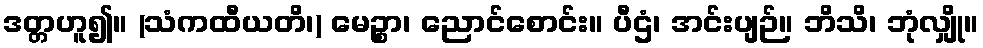
ဒတ္တဟူ၍။ (သံကထီယတိ၊) မေဉ္စာ၊ ညောင်စောင်း။ ပီဌံ၊ အင်းပျဉ်။ ဘိသိ၊ ဘုံလျှို။